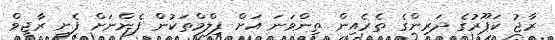
ރާޖު ކަޕޫރުގެ ދަރިންގެ ތެރެއިން ތިންވަނަ އަށް ފިލްމްތަކުން ފެންނަށް ފެށީ ރާޖީވް